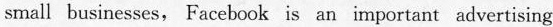
small businesses, Facebook is an important advertising